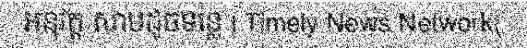
អនុវត្ត សាបដូចទន្លេ | Timely News Network(